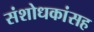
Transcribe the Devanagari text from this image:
संशोधकांसह